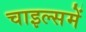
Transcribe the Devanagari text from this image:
चाइल्समें